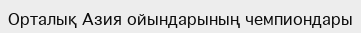
Орталық Азия ойындарының чемпиондары